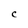
Character: c